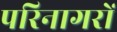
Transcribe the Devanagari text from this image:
परिनागरों